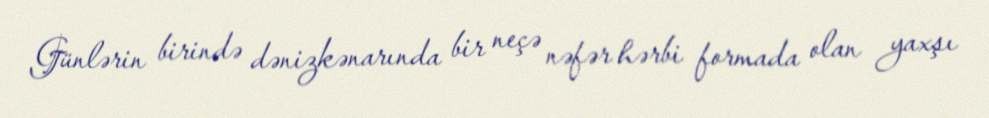
Günlərin birində dənizkənarında bir neçə nəfər hərbi formada olan yaxşı